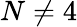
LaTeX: N\neq 4